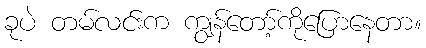
ခုပဲ တမ်လင်းက ကျွန်တော့်ကိုပြောနေတာ။